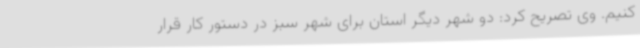
کنیم. وی تصریح کرد: دو شهر دیگر استان برای شهر سبز در دستور کار قرار